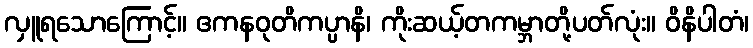
လှူရသောကြောင့်။ ဧကနဝုတိကပ္ပာနိ၊ ကိုးဆယ့်တကမ္ဘာတို့ပတ်လုံး။ ဝိနိပါတံ၊